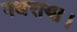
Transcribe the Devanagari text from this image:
पधराया।